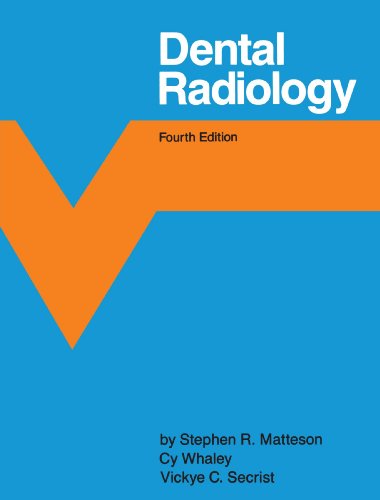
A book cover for Dental Radiology (Dental Assisting); Stephen R. Matteson; Medical Books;